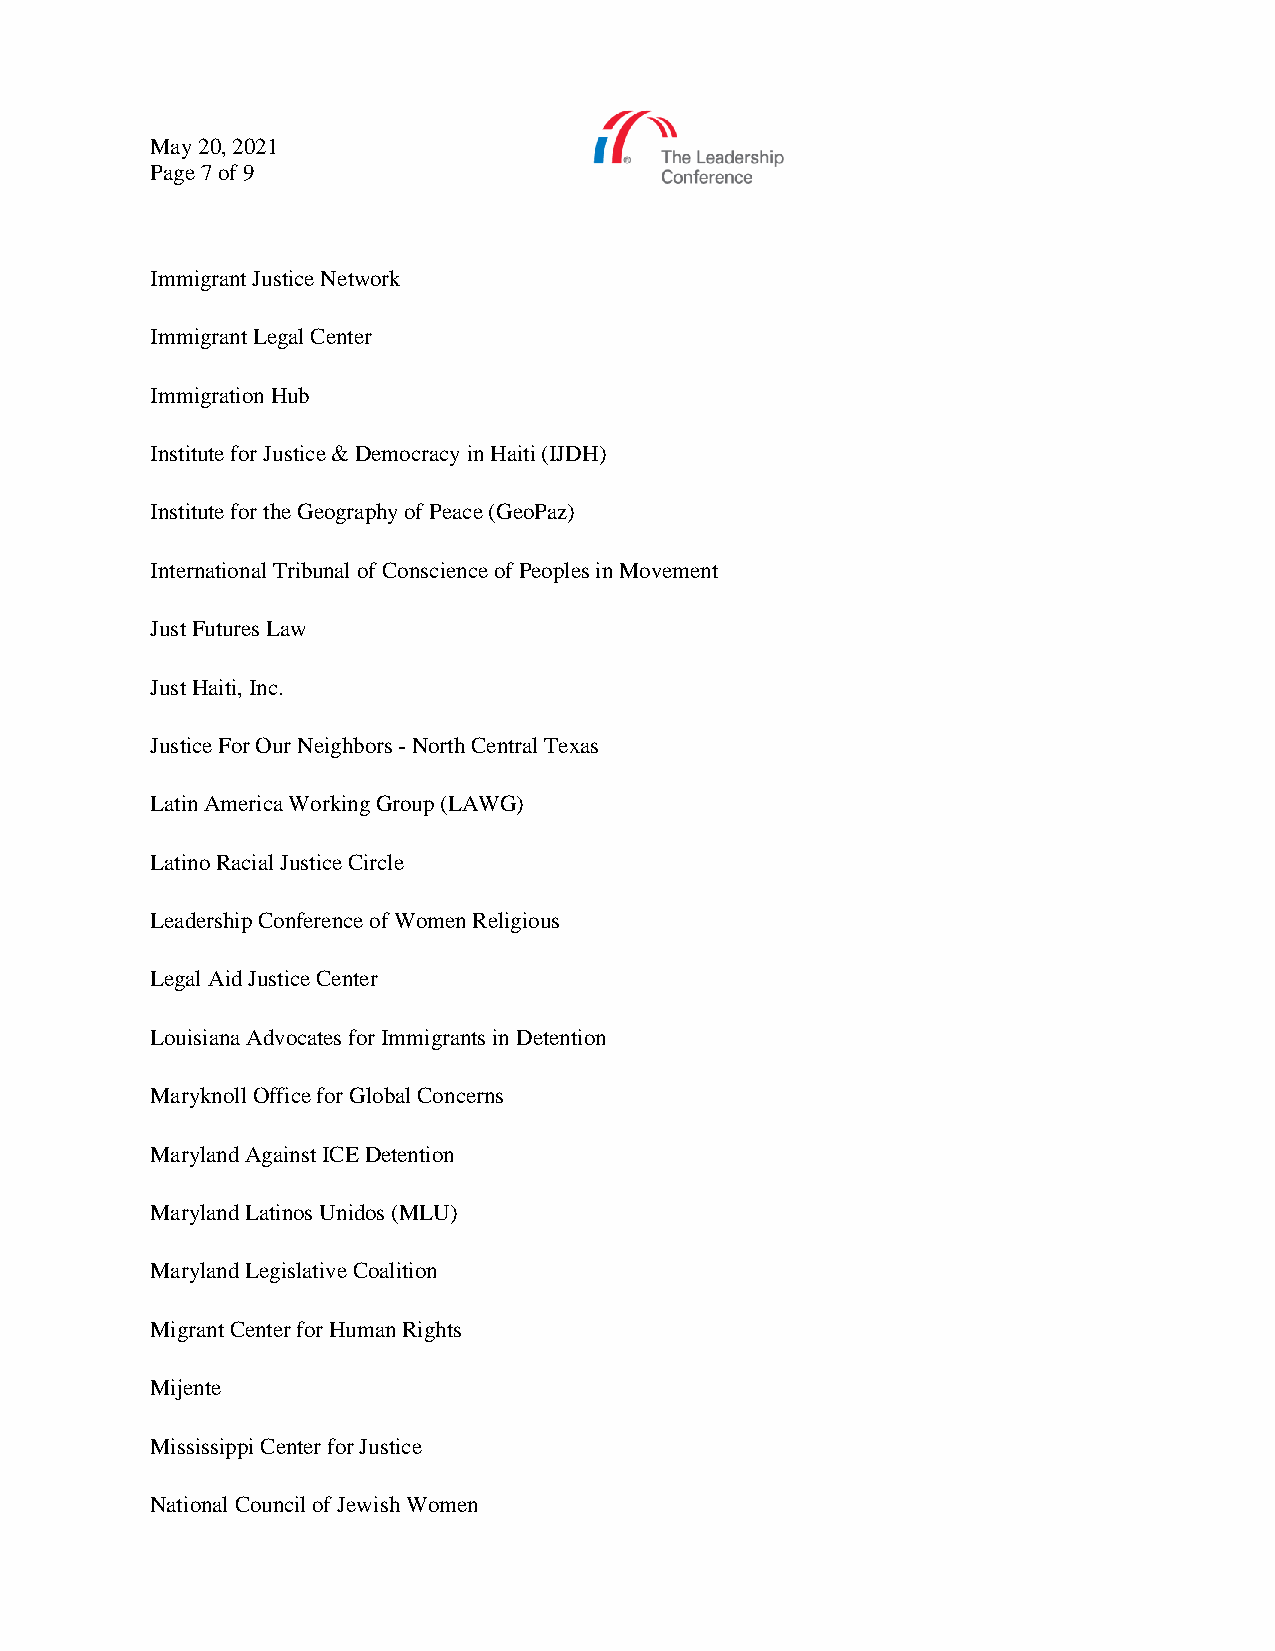
May 20, 2021
 Page 7 of 9
 Immigrant Justice Network
 Immigrant Legal Center
 Immigration Hub
 Institute for Justice & Democracy in Haiti (IJDH)
 Institute for the Geography of Peace (GeoPaz)
 International Tribunal of Conscience of Peoples in Movement
 Just Futures Law
 Just Haiti, Inc.
 Justice For Our Neighbors - North Central Texas
 Latin America Working Group (LAWG)
 Latino Racial Justice Circle
 Leadership Conference of Women Religious
 Legal Aid Justice Center
 Louisiana Advocates for Immigrants in Detention
 Maryknoll Office for Global Concerns
 Maryland Against ICE Detention
 Maryland Latinos Unidos (MLU)
 Maryland Legislative Coalition
 Migrant Center for Human Rights
 Mijente
 Mississippi Center for Justice
 National Council of Jewish Women